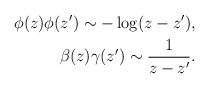
\begin{align*}\phi(z)\phi(z') \sim -\log(z-z'), \\ \ \ \ \ \beta(z)\gamma(z') \sim {1 \over z-z'}.\end{align*}